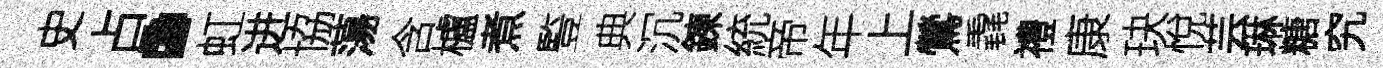
史占·虹进協蕩含櫨煮䜿典沉鍊統帝年上鶯毳禮康玦悅芸琳糖究